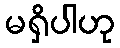
မရှိပါဟု